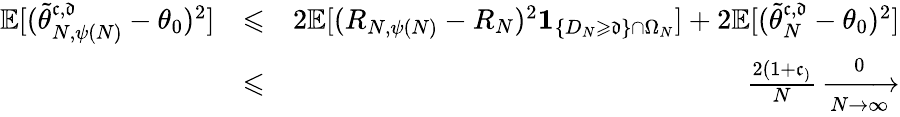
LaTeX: \begin{array}{rlr}{\mathbb E[(\widetilde\theta_{N,\psi(N)}^{\mathfrak c,\mathfrak d}-\theta_{0})^{2}]}&{\leqslant}&{2\mathbb E[(R_{N,\psi(N)}-R_{N})^{2}\mathbf 1_{\{ D_{N}\geqslant\mathfrak d\} \cap\Omega_{N}}]+2\mathbb E[(\widetilde\theta_{N}^{\mathfrak c,\mathfrak d}-\theta_{0})^{2}]}\\ &{\leqslant}&{\frac{2(1+\mathfrak c_)}{N}\xrightarrow[N\rightarrow\infty]0}\end{array}